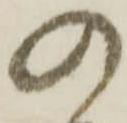
の